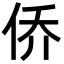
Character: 侨